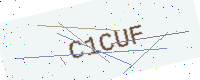
Text: C1CUF